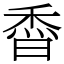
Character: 稥